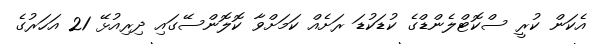
އެކަން ކުރީ ސްކޮޓްލެންޑްގެ ކުޑަކުޑަ ރަށެއް ކަމަށްވާ ކޮލޮންސޭގައި ދިރިއުޅޭ 21 އަހަރުގެ